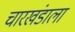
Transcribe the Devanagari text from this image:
चारखंडाला